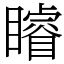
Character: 𥌑